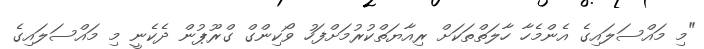
"މި މައްސަލައިގެ އެންމެހާ ހާލަތްތަކަށް ރިއާޔަތްކުރުމަށްފަހު ވޯކިންގް ގްރޫޕުން ދެކެނީ މި މައްސަލައިގެ